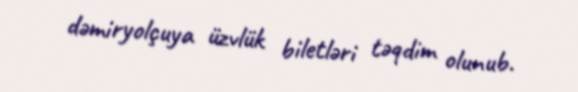
dəmiryolçuya üzvlük biletləri təqdim olunub.